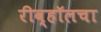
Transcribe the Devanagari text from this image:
रीव्हॉलचा